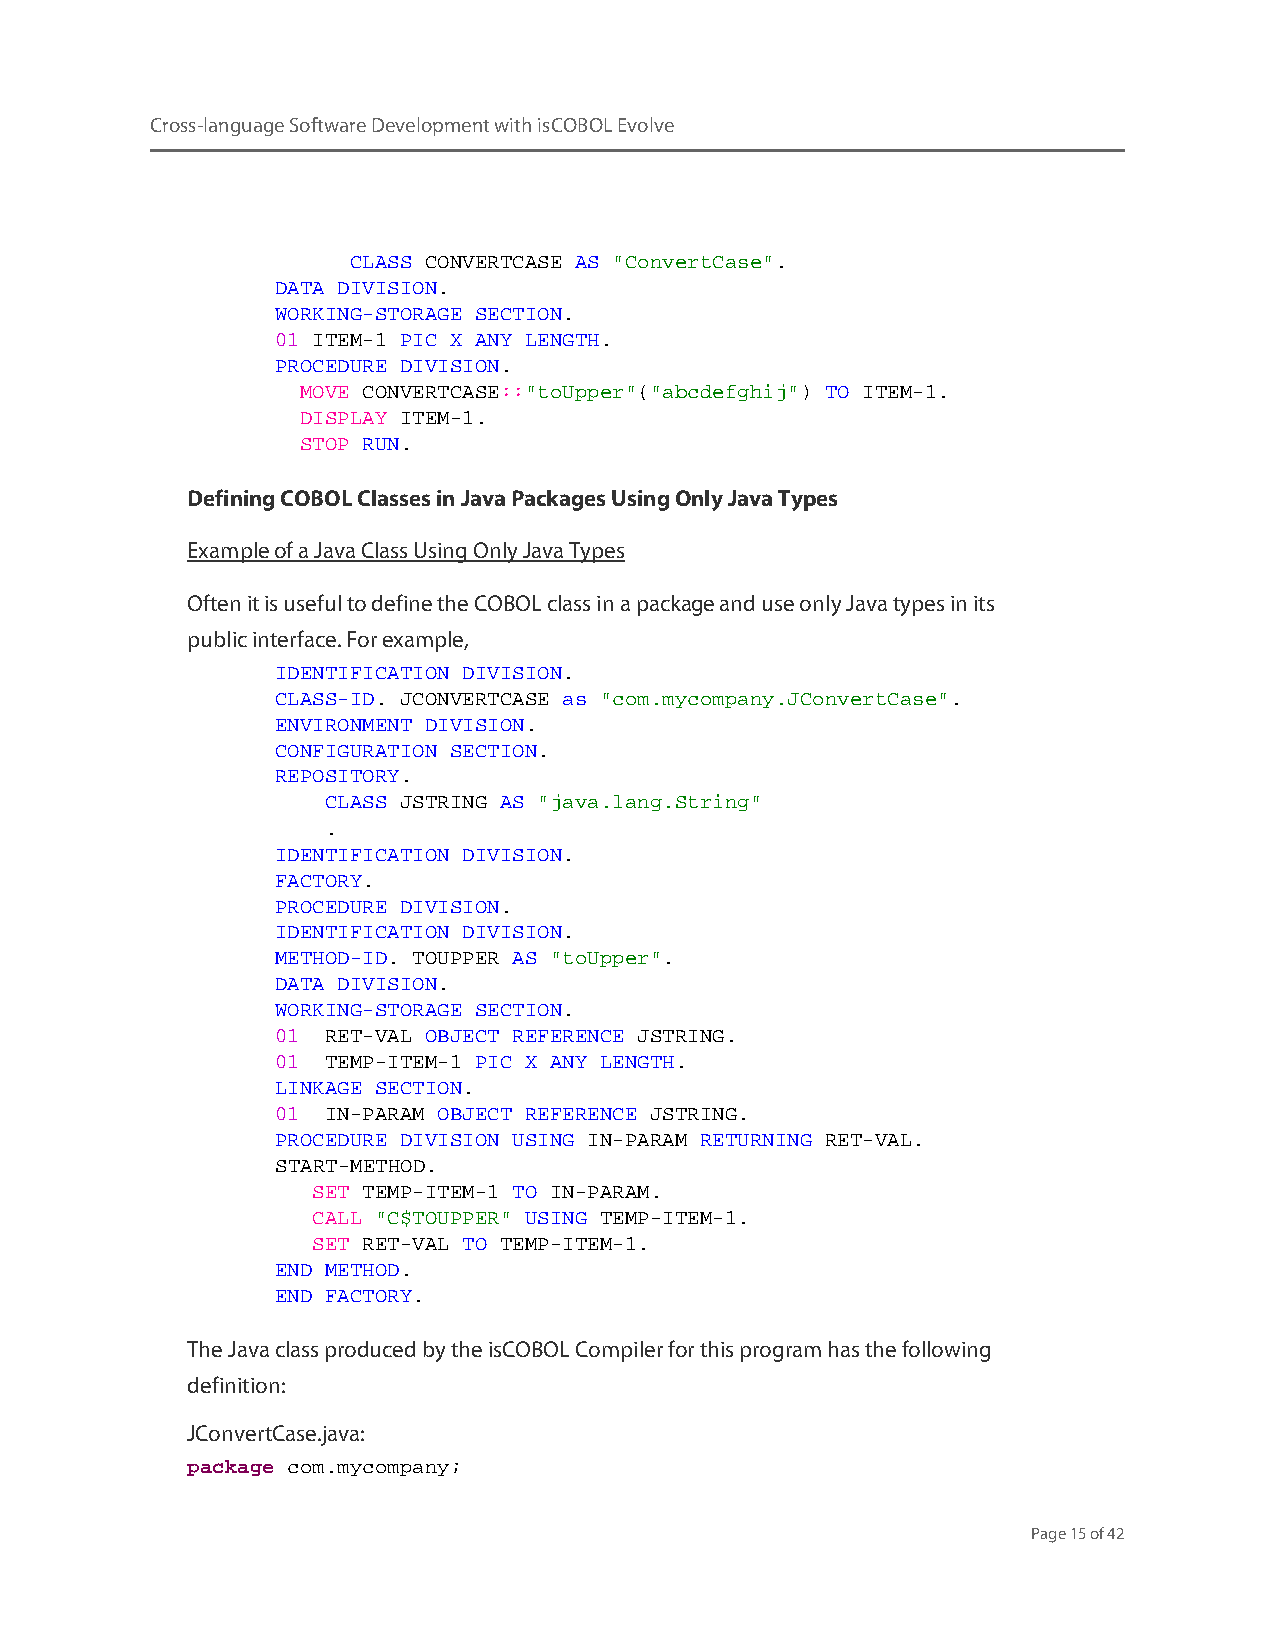
Cross-language Software Development with isCOBOL Evolve
 CLASS CONVERTCASE AS "ConvertCase".
 DATA DIVISION.
 WORKING-STORAGE SECTION.
 01 ITEM-1 PIC X ANY LENGTH.
 PROCEDURE DIVISION.
 MOVE CONVERTCASE::"toUpper"("abcdefghij") TO ITEM-1.
 DISPLAY ITEM-1.
 STOP RUN.
 Defining COBOL Classes in Java Packages Using Only Java Types
 Example of a Java Class Using Only Java Types
 Often it is useful to define the COBOL class in a package and use only Java types in its
 public interface. For example,
 IDENTIFICATION DIVISION.
 CLASS-ID. JCONVERTCASE as "com.mycompany.JConvertCase".
 ENVIRONMENT DIVISION.
 CONFIGURATION SECTION.
 REPOSITORY.
 CLASS JSTRING AS "java.lang.String"
 .
 IDENTIFICATION DIVISION.
 FACTORY.
 PROCEDURE DIVISION.
 IDENTIFICATION DIVISION.
 METHOD-ID. TOUPPER AS "toUpper".
 DATA DIVISION.
 WORKING-STORAGE SECTION.
 01  RET-VAL OBJECT REFERENCE JSTRING.
 01  TEMP-ITEM-1 PIC X ANY LENGTH.
 LINKAGE SECTION.
 01  IN-PARAM OBJECT REFERENCE JSTRING.
 PROCEDURE DIVISION USING IN-PARAM RETURNING RET-VAL.
 START-METHOD.
 SET TEMP-ITEM-1 TO IN-PARAM.
 CALL "C$TOUPPER" USING TEMP-ITEM-1.
 SET RET-VAL TO TEMP-ITEM-1.
 END METHOD.
 END FACTORY.
 The Java class produced by the isCOBOL Compiler for this program has the following
 definition:
 JConvertCase.java:
 package com.mycompany;
 Page 15 of 42